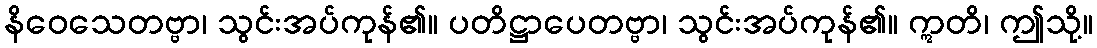
နိဝေသေတဗ္ဗာ၊ သွင်းအပ်ကုန်၏။ ပတိဋ္ဌာပေတဗ္ဗာ၊ သွင်းအပ်ကုန်၏။ ဣတိ၊ ဤသို့။